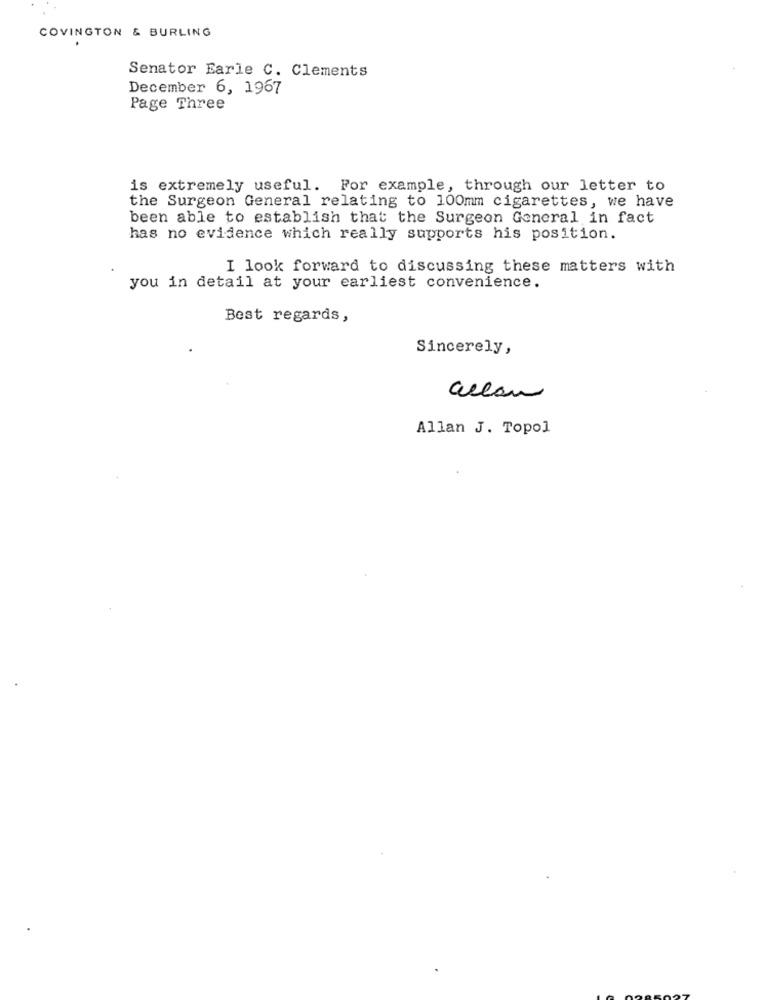
COVINGTON & BURLING
Senator Earle C. Clements
December 6, 1967
Page Three
is extremely useful. For example, through our letter to
the Surgeon General relating to 100mm cigarettes, we have
been able to establish that the Surgeon General in fact
has no evidence which really supports his position.
I look forward to discussing these matters with
you in detail at your earliest convenience.
Best regards,
Sincerely,
Allan J. Topol